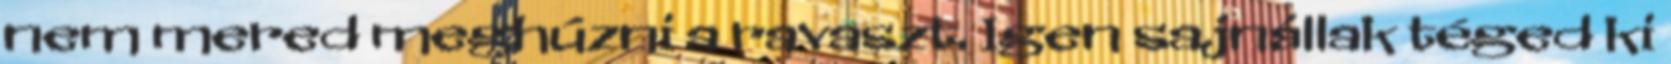
nem mered meghúzni a ravaszt. Igen sajnállak téged ki